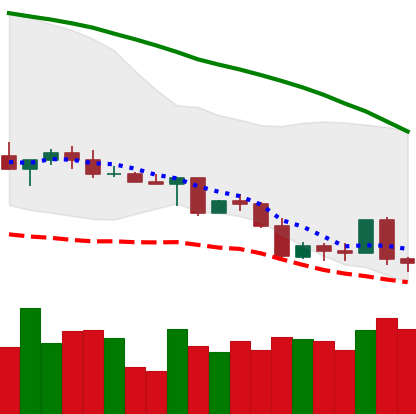
Ticker: LINK-USD
Chart end date: 2022-05-06
Forward return: -35.953%
Label: down_7plus